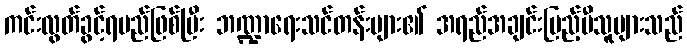
ကင်းလွတ်ခွင့်ရမည်ဖြစ်ပြီး ဘဏ္ဍာရေးသင်တန်းများ၏ အရည်အချင်းပြည့်မီသူများသည်